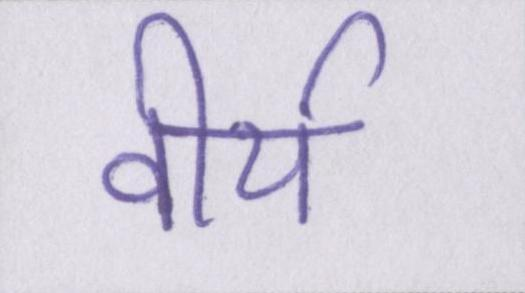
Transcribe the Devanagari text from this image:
वीर्य